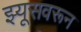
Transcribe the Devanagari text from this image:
झ्यूसवरून